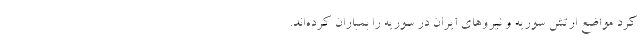
کرد مواضع ارتش سوریه و نیروهای ایران در سوریه را بمباران کرده‌اند.